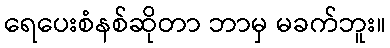
ရေပေးစံနစ်ဆိုတာ ဘာမှ မခက်ဘူး။